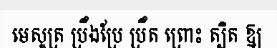
មេសូត្រ ប្រឹងប្រែ ប្រឹត ព្រោះ ត្បិត ឱ្យ